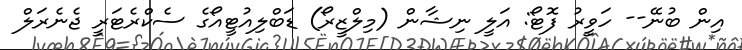
އިން ބުނޭ-- ހަވީރު ފޮޓޯ: އަލީ ނިޝާން (މިލްޒީރޯ) ޑަބްލިއުޓީއޯގެ ސެކްރެޓަރީ ޖެނެރަލް